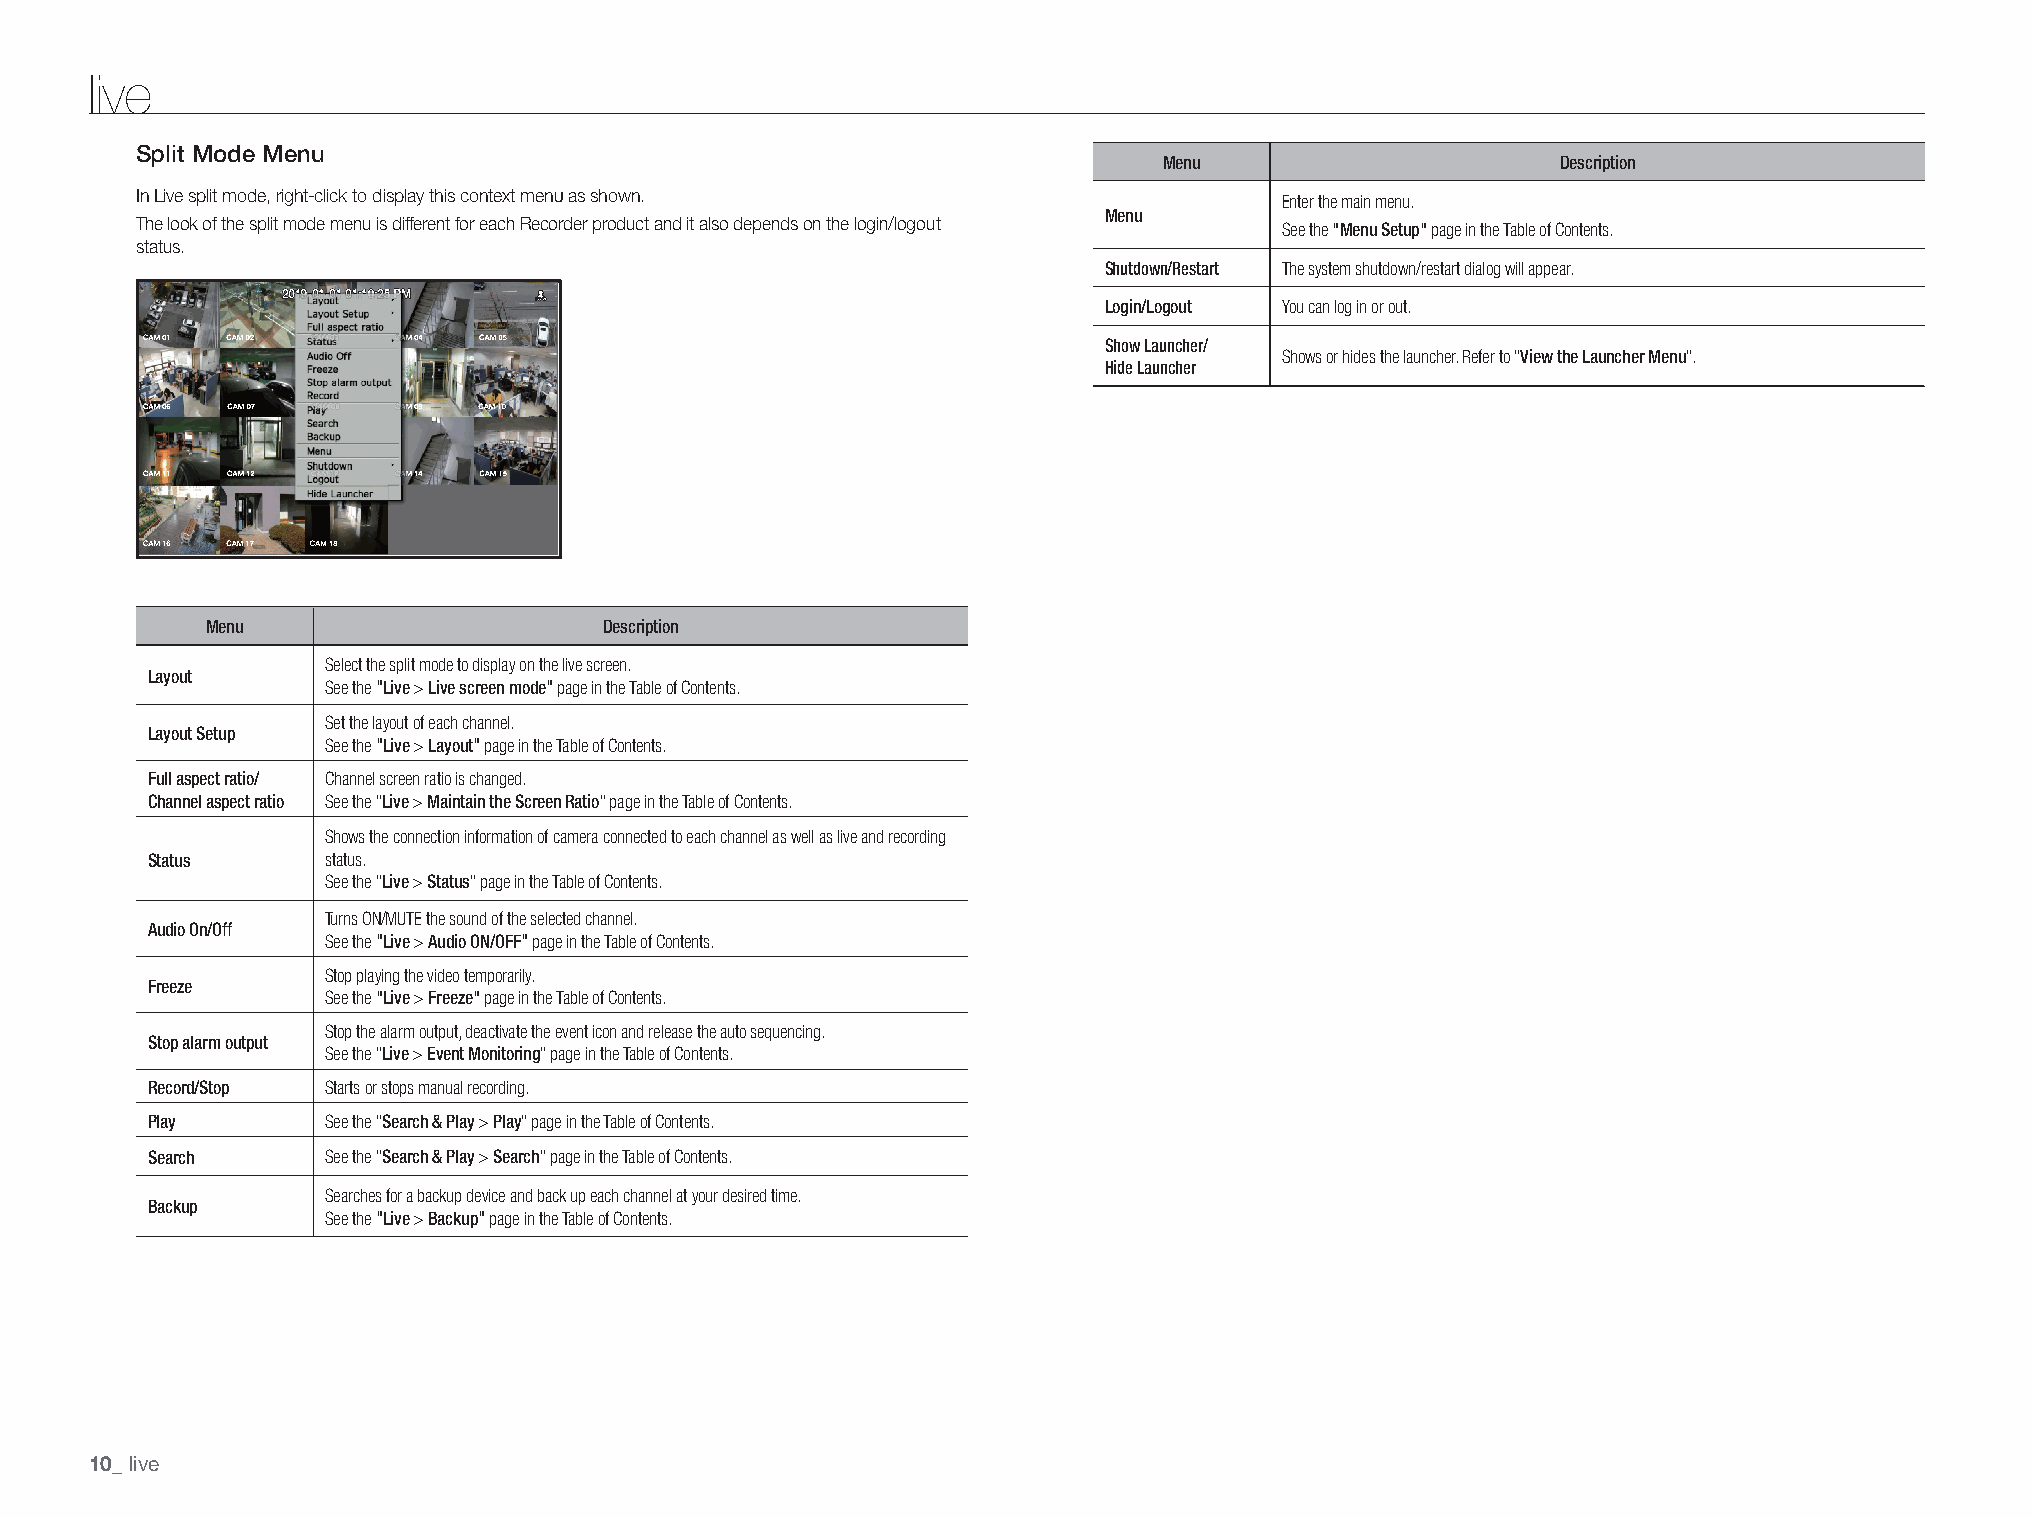
live
 Split mode menu
 Menu                      Description
 In Live split mode, right-click to display this context menu as shown.      Enter the main menu.
 The look of the split mode menu is different for each Recorder product and it also depends on the login/logout Menu See the "Menu Setup" page in the Table of Contents.
 status.
 Shutdown/Restart The system shutdown/restart dialog will appear.
 Login/Logout You can log in or out.
 Show Launcher/
 Shows or hides the launcher. Refer to "View the Launcher Menu".
 Hide Launcher
 Menu                      Description
 Select the split mode to display on the live screen.
 Layout      See the "Live > Live screen mode" page in the Table of Contents.
 Set the layout of each channel.
 Layout Setup See the "Live > Layout" page in the Table of Contents.
 Full aspect ratio/ Channel screen ratio is changed.
 Channel aspect ratio See the "Live > Maintain the Screen Ratio" page in the Table of Contents.
 Shows the connection information of camera connected to each channel as well as live and recording
 Status      status.
 See the "Live > Status" page in the Table of Contents.
 Turns ON/MUTE the sound of the selected channel.
 Audio On/Off See the "Live > Audio ON/OFF" page in the Table of Contents.
 Stop playing the video temporarily.
 Freeze      See the "Live > Freeze" page in the Table of Contents.
 Stop the alarm output, deactivate the event icon and release the auto sequencing.
 Stop alarm output See the "Live > Event Monitoring" page in the Table of Contents.
 Record/Stop Starts or stops manual recording.
 Play        See the "Search & Play > Play" page in the Table of Contents.
 Search      See the "Search & Play > Search" page in the Table of Contents.
 Searches for a backup device and back up each channel at your desired time.
 Backup
 See the "Live > Backup" page in the Table of Contents.
 live
 10_